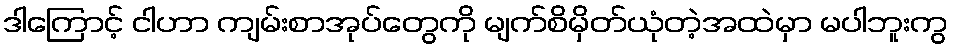
ဒါကြောင့် ငါဟာ ကျမ်းစာအုပ်တွေကို မျက်စိမှိတ်ယုံတဲ့အထဲမှာ မပါဘူးကွ